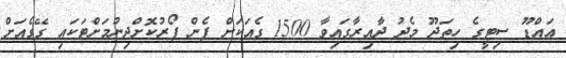
އައްޑޫ ސިޓީގެ ހިތަދޫ މެދު ދާއިރާގައިވާ 1500 ގެއަކަށް ފެން ފޯރުކޮށްދިނުމަށްޓަކައި ގޭގެއަށް